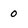
Character: 0